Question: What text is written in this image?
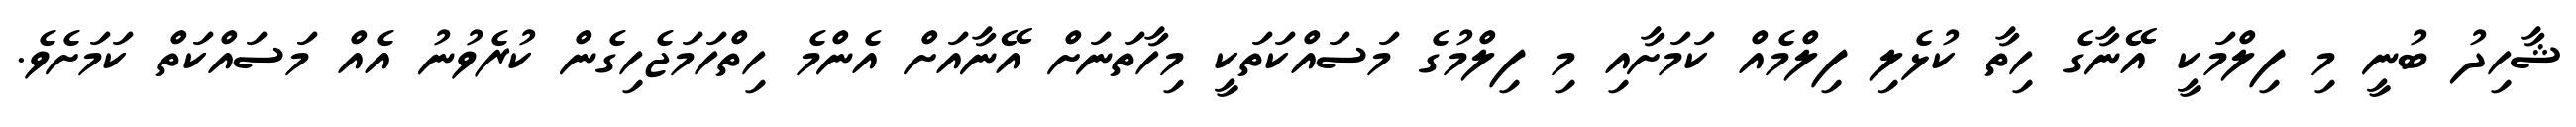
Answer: ޝާހިދު ބުނީ މި ފިލްމަކީ އޭނާގެ ހިތާ ކުޅެލި ފިލްމެއް ކަމަށާއި މި ފިލްމުގެ މަސައްކަތަކީ މިހާތަނަށް އޭނާއަށް އެންމެ ހިތްހަމަޖެހިގެން ކުރެވުނު އެއް މަސައްކަތް ކަމަށެވެ.